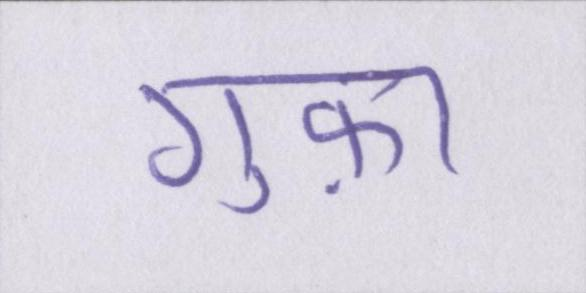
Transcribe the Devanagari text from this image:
गुफ़ा